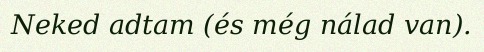
Neked adtam (és még nálad van).